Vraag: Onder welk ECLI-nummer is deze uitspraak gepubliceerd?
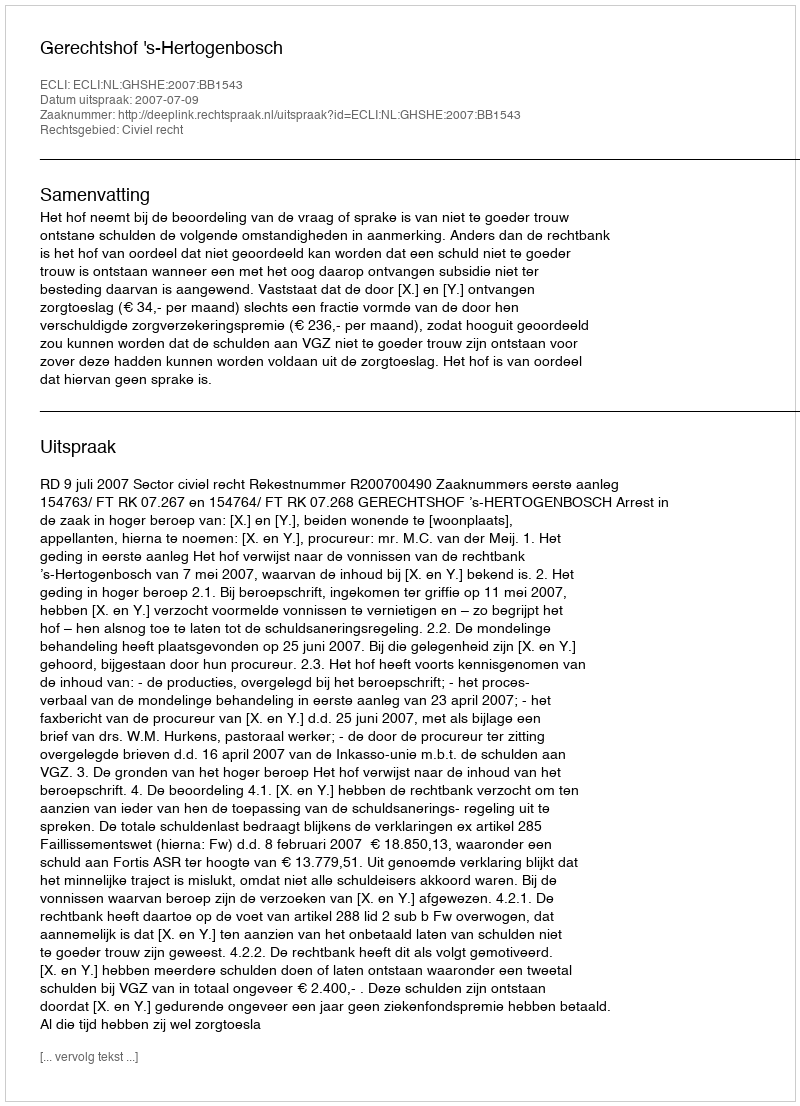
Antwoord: ECLI:NL:GHSHE:2007:BB1543